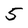
Character: 5